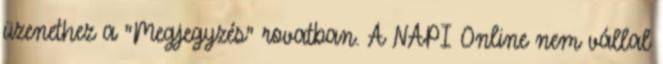
üzenethez a "Megjegyzés" rovatban. A NAPI Online nem vállal